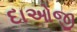
દાઓજી